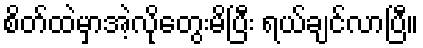
စိတ်ထဲမှာအဲ့လိုတွေးမိပြီး ရယ်ချင်လာပြီ။